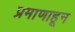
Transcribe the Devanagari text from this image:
प्रमाणाहून